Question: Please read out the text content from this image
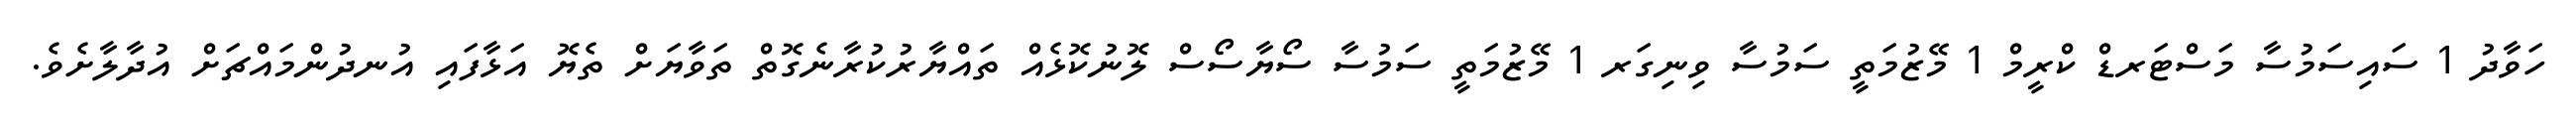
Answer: ހަވާދު 1 ސައިސަމުސާ މަސްޓަރޑް ކްރީމް 1 މޭޒުމަތީ ސަމުސާ ވިނިގަރ 1 މޭޒުމަތީ ސަމުސާ ސޯޔާސޯސް ލޮނުކޮޅެއް ތައްޔާރުކުރާނެގޮތް ތަވާޔަށް ތެޔޮ އަޅާފައި އުނދުންމައްޗަށް އުދާލާށެވެ.